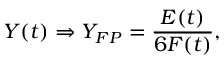
Y ( t ) \Rightarrow Y _ { F P } = \frac { E ( t ) } { 6 F ( t ) } ,